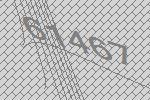
61467